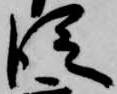
従